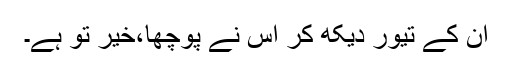
ان کے تیور دیکھ کر اس نے پوچھا،خیر تو ہے۔